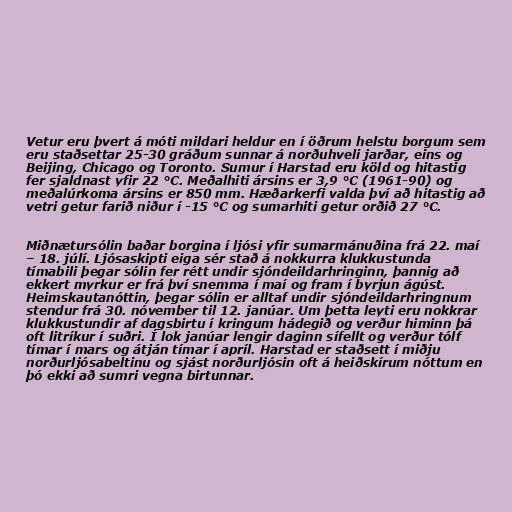
Vetur eru þvert á móti mildari heldur en í öðrum helstu borgum sem
eru staðsettar 25-30 gráðum sunnar á norðuhveli jarðar, eins og
Beijing, Chicago og Toronto. Sumur í Harstad eru köld og hitastig
fer sjaldnast yfir 22 °C. Meðalhiti ársins er 3,9 °C (1961-90) og
meðalúrkoma ársins er 850 mm. Hæðarkerfi valda því að hitastig að
vetri getur farið niður í -15 °C og sumarhiti getur orðið 27 °C.

Miðnætursólin baðar borgina í ljósi yfir sumarmánuðina frá 22. maí
– 18. júlí. Ljósaskipti eiga sér stað á nokkurra klukkustunda
tímabili þegar sólin fer rétt undir sjóndeildarhringinn, þannig að
ekkert myrkur er frá því snemma í maí og fram í byrjun ágúst.
Heimskautanóttin, þegar sólin er alltaf undir sjóndeildarhringnum
stendur frá 30. nóvember til 12. janúar. Um þetta leyti eru nokkrar
klukkustundir af dagsbirtu í kringum hádegið og verður himinn þá
oft litríkur í suðri. Í lok janúar lengir daginn sífellt og verður tólf
tímar í mars og átján tímar í apríl. Harstad er staðsett í miðju
norðurljósabeltinu og sjást norðurljósin oft á heiðskírum nóttum en
þó ekki að sumri vegna birtunnar.